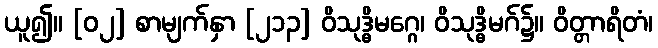
ယူ၍။ [၀၂] စာမျက်နှာ [၂၁၃] ဝိသုဒ္ဓိမဂ္ဂေ၊ ဝိသုဒ္ဓိမဂ်၌။ ဝိတ္တာရိတံ၊